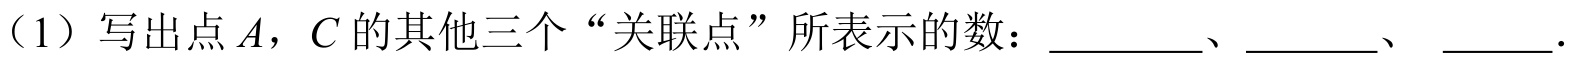
（1）写出点\(A\)，\(C\)的其他三个“关联点”所表示的数：\(\underline{\quad\quad}\)、\(\underline{\quad\quad}\)、 \(\underline{\quad\quad}\).